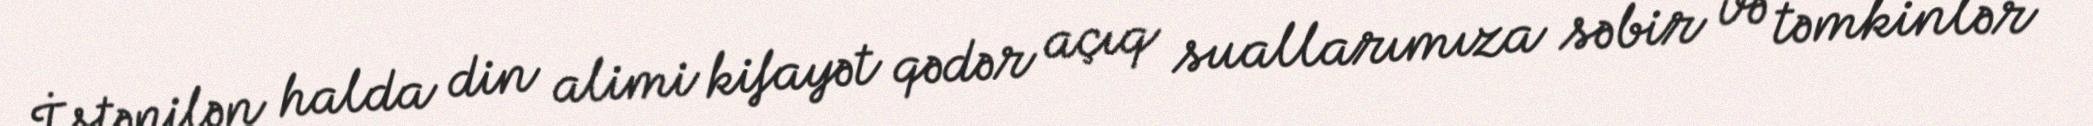
İstənilən halda din alimi kifayət qədər açıq suallarımıza səbir və təmkinlər